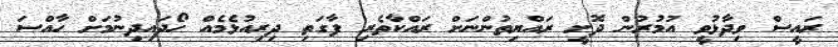
ރައީސް ވިދާޅުވީ އުމުރުން ދޮށީ ރައްޔިތުންނަށް ރައްކާތެރި ފާގަތި ދިރިއުޅެމެއް ހޯދައިދިނުމަށް ހާއްސަ